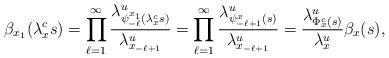
LaTeX: \begin{align*}\beta_{x_1}(\lambda^c_xs)=\prod_{\ell=1}^{\infty}\frac{\lambda^u_{\psi^{x_1}_{-\ell}(\lambda^c_xs)}}{\lambda^u_{x_{-\ell+1}}}=\prod_{\ell=1}^{\infty}\frac{\lambda^u_{\psi^x_{-\ell+1}(s)}}{\lambda^u_{x_{-\ell+1}}}=\frac{\lambda^u_{\Phi^c_x(s)}}{\lambda^u_x}\beta_x(s),\end{align*}